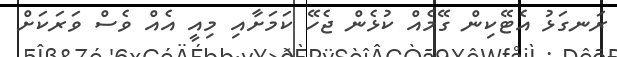
ރަނގަޅު އެޓޭކިން ގޭމެއް ކުޅެން ޖެހޭ ކަމަށާއި މިއީ އެއް ވެސް ވަރަކަށް